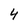
Character: 4